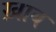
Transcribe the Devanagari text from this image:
ख़ाब